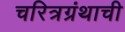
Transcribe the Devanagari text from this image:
चरित्रग्रंथाची